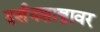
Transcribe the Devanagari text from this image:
दर्शनशास्त्रावर